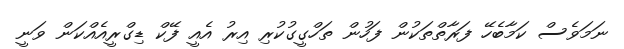
ނަމަވެސް ކަމާބެހޭ ފަރާތްތަކުން ފަހުން ތަހްގީގުކުރި އިރު އެއީ ފޭކް ޑިގްރީއެއްކަން ވަނީ